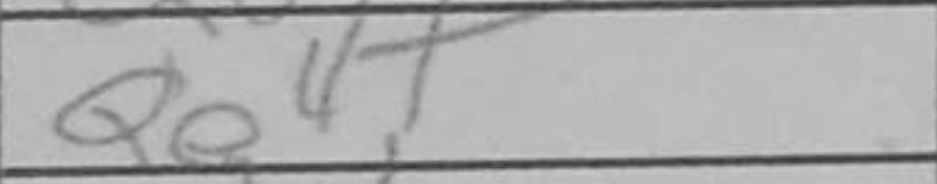
Transcription: Qe4+